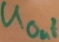
Text: UOut